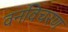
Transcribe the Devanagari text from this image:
वनविचरण